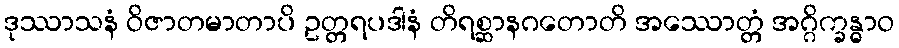
ဒုဿာသနံ ဝိဇာတမာတာပိ ဥတ္တရပဒါနံ တိရစ္ဆာနဂတောတိ အဿောတ္တံ အဂ္ဂိက္ခန္ဓာဝ